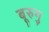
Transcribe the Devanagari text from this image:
बूरुगु